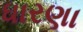
ધારણા